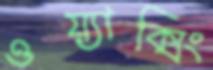
ওয়্যাক্সিং